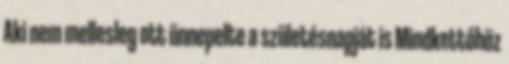
Aki nem mellesleg ott ünnepelte a születésnapját is Mindkettőhöz